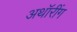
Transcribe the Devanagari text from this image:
अथॉरींग